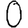
Digit: 0